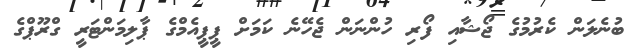
ބުނެލަން ކެރުމުގެ ޖޯޝާއި ފޯރި ހުންނަން ޖެހޭނެ ކަމަށް ޕީޕީއެމްގެ ޕާލިމަންޓަރީ ގްރޫޕްގެ